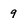
Character: 9